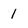
Character: 1